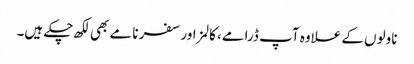
ناولوں کے علاوہ آپ ڈرامے، کالمز اور سفر نامے بھی لکھ چکے ہیں۔